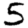
Digit: 5